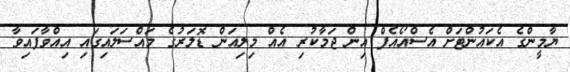
ޔާމީންގެ އެކައުންޓަށް އެސްއޯއެފް އިން ޖަމާކުރި އެއް މިލިއަން ޑޮލަރުގެ މައްސަލައިގައި އިއްވާފައިވާ